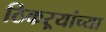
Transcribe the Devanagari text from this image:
ठिकऱ्यांच्या